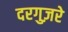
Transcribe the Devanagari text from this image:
दरगुज़रे